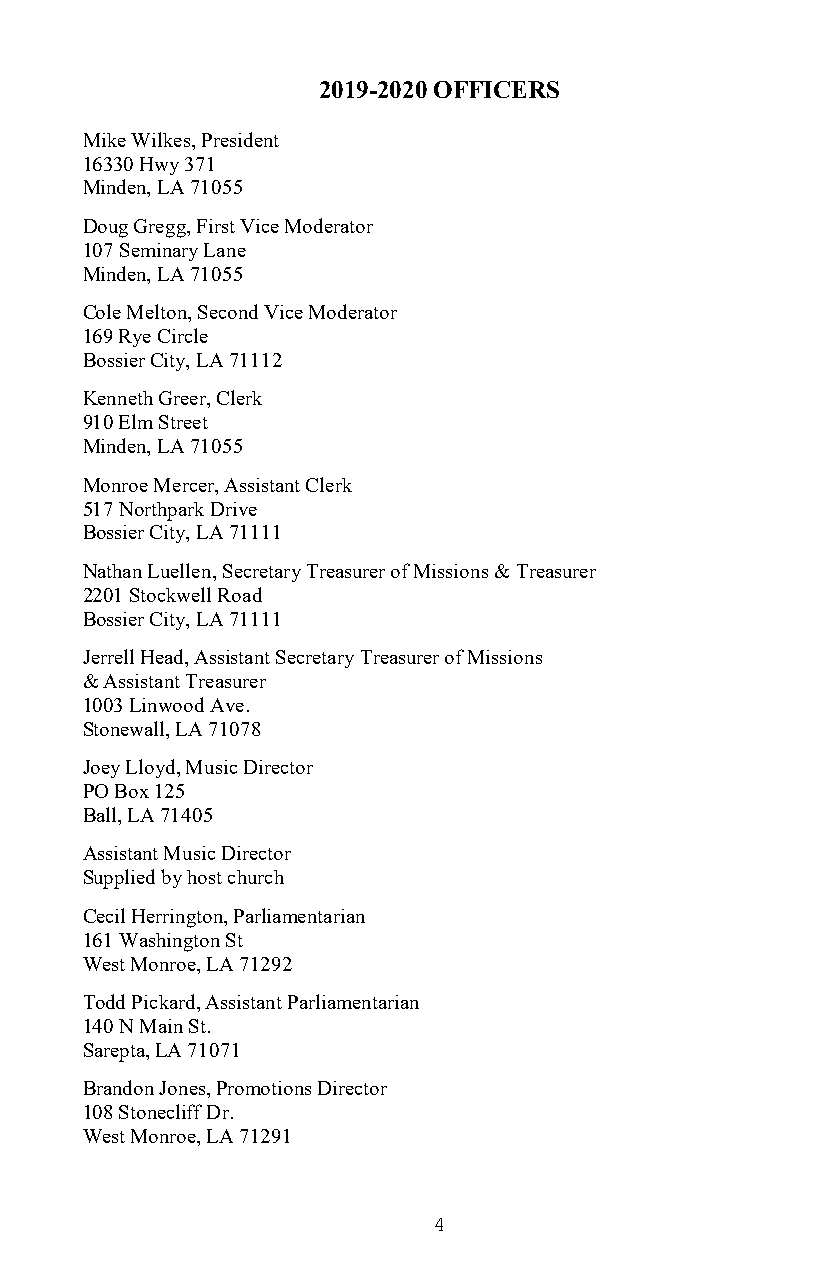
2019-2020 OFFICERS
 Mike Wilkes, President
 16330 Hwy 371
 Minden, LA 71055
 Doug Gregg, First Vice Moderator
 107 Seminary Lane
 Minden, LA 71055
 Cole Melton, Second Vice Moderator
 169 Rye Circle
 Bossier City, LA 71112
 Kenneth Greer, Clerk
 910 Elm Street
 Minden, LA 71055
 Monroe Mercer, Assistant Clerk
 517 Northpark Drive
 Bossier City, LA 71111
 Nathan Luellen, Secretary Treasurer of Missions & Treasurer
 2201 Stockwell Road
 Bossier City, LA 71111
 Jerrell Head, Assistant Secretary Treasurer of Missions
 & Assistant Treasurer
 1003 Linwood Ave.
 Stonewall, LA 71078
 Joey Lloyd, Music Director
 PO Box 125
 Ball, LA 71405
 Assistant Music Director
 Supplied by host church
 Cecil Herrington, Parliamentarian
 161 Washington St
 West Monroe, LA 71292
 Todd Pickard, Assistant Parliamentarian
 140 N Main St.
 Sarepta, LA 71071
 Brandon Jones, Promotions Director
 108 Stonecliff Dr.
 West Monroe, LA 71291
 4